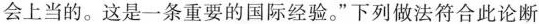
会上当的。这是一条重要的国际经验。”下列做法符合此论断